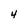
Character: 4